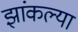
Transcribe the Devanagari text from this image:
झांकल्या